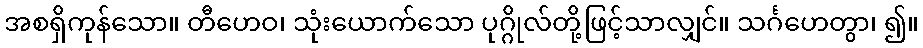
အစရှိကုန်သော။ တီဟေဝ၊ သုံးယောက်သော ပုဂ္ဂိုလ်တို့ဖြင့်သာလျှင်။ သင်္ဂဟေတွာ၊ ၍။